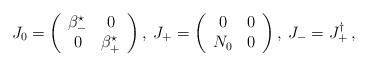
LaTeX: \begin{align*}J_{0}= \left( \begin{array}{cc} \beta_-^{\star} & 0 \\ 0 & \beta_+^{\star} \end{array} \right) , \hspace{0.1cm} J_{+}= \left( \begin{array}{cc} 0 & 0 \\ N_{0} & 0 \end{array} \right) , \hspace{0.1cm} J_{-} = J_{+}^{\dag} \hspace{0.1cm} , \end{align*}